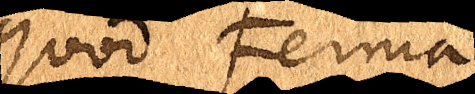
quod Ferma-